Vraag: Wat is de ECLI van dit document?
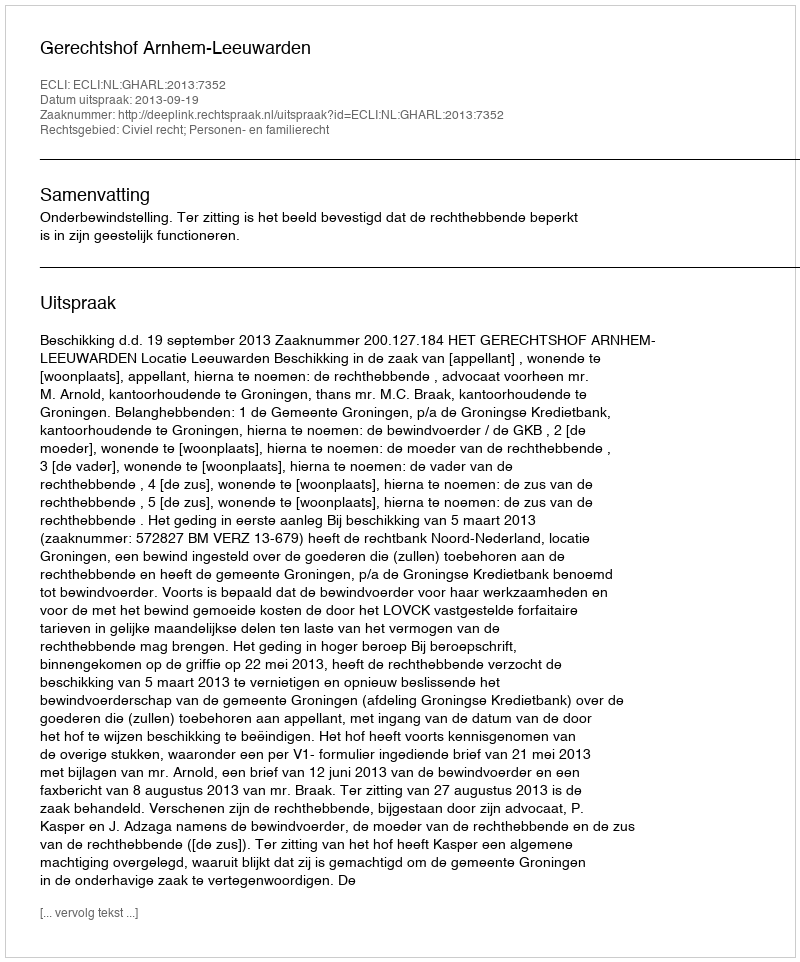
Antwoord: ECLI:NL:GHARL:2013:7352